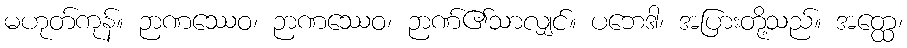
မဟုတ်ကုန်။ ဉာဏဿေဝ၊ ဉာဏဿေဝ၊ ဉာဏ်၏သာလျှင်။ ပဘေဒါ၊ အပြားတို့သည်။ အတ္ထေ၊